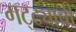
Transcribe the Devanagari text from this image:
गट्ट्याची